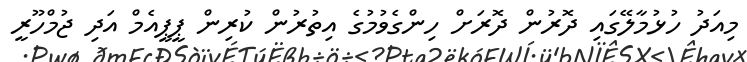
މިއަދު ހުޅުމާލޭގައި ދޮރުން ދޮރަށް ހިންގެވުމުގެ އިތުރުން ކުރިން ޕީޕީއެމް އަދި ޖުމްހޫރީ